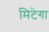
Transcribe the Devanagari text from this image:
मिटेगा